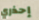
إحذري